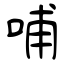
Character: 哺